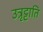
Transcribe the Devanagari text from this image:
उत्रृट्टाति